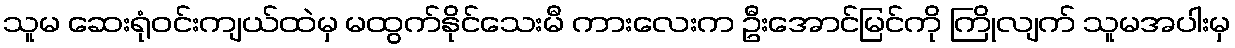
သူမ ဆေးရုံဝင်းကျယ်ထဲမှ မထွက်နိုင်သေးမီ ကားလေးက ဦးအောင်မြင်ကို ကြိုလျက် သူမအပါးမှ